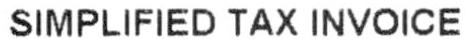
SIMPLIFIED TAX INVOICE